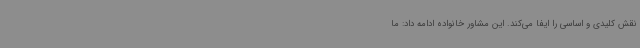
نقش کلیدی و اساسی را ایفا می‌کند. این مشاور خانواده ادامه داد: ما